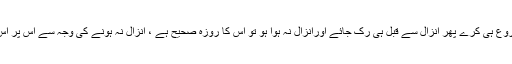
اوراگر وہ مشت زنی شروع ہی کرے پھر انزال سے قبل ہی رک جائے اورانزال نہ ہوا ہو تو اس کا روزہ صحیح ہے ، انزال نہ ہونے کی وجہ سے اس پر اس روزہ کی قضاء نہيں ۔